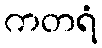
ကတရံ